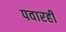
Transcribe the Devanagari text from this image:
पवारही